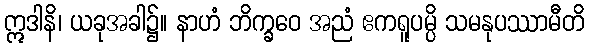
ဣဒါနိ၊ ယခုအခါ၌။ နာဟံ ဘိက္ခဝေ အညံ ဧကရူပမ္ပိ သမနုပဿာမီတိ